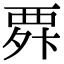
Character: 𮗃